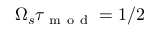
\Omega _ { s } \tau _ { \mathrm { ~ m ~ o ~ d ~ } } = 1 / 2